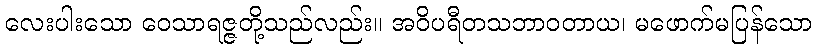
လေးပါးသော ဝေသာရဇ္ဇတို့သည်လည်း။ အဝိပရီတသဘာဝတာယ၊ မဖောက်မပြန်သော